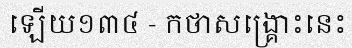
ឡើយ១៣៤ - កថាសង្គ្រោះនេះ